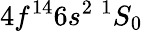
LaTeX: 4f^{14}6s^{2}~^{1}S_{0}